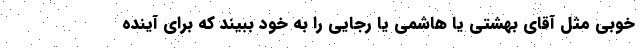
خوبی مثل آقای بهشتی یا هاشمی یا رجایی را به خود ببیند که برای آینده